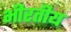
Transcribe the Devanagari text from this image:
भीरतीय